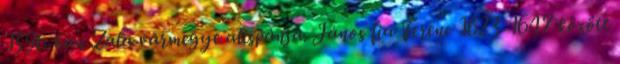
1596-ban Zala vármegye alispánja. János fia Ferenc 1623-1647 között